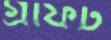
গ্রাফট